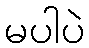
မပါပဲ